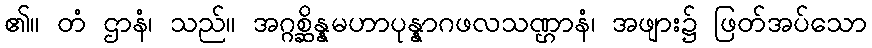
၏။ တံ ဌာနံ၊ သည်။ အဂ္ဂစ္ဆိန္နမဟာပုန္နာဂဖလသဏ္ဌာနံ၊ အဖျား၌ ဖြတ်အပ်သော